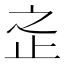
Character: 𱤿